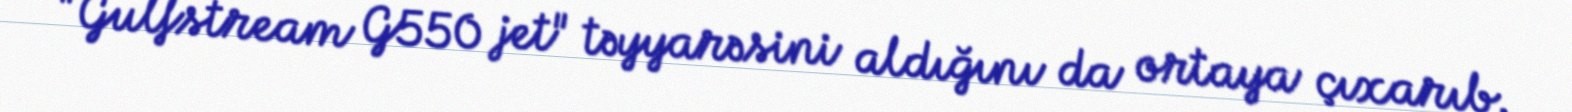
"Gulfstream G550 jet" təyyarəsini aldığını da ortaya çıxarıb.